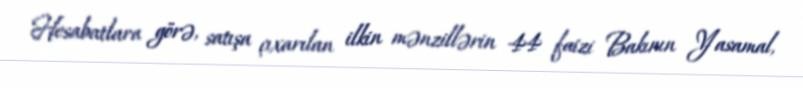
Hesabatlara görə, satışa çıxarılan ilkin mənzillərin 44 faizi Bakının Yasamal,